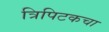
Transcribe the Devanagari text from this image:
त्रिपिटकचा